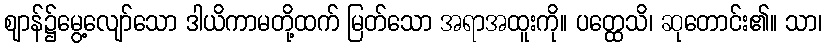
ဈာန်၌မွေ့လျော်သော ဒါယိကာမတို့ထက် မြတ်သော အရာအထူးကို။ ပတ္ထေသိ၊ ဆုတောင်း၏။ သာ၊